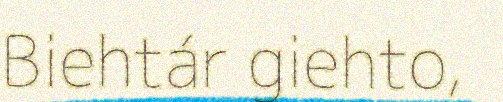
Biehtár giehto,